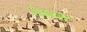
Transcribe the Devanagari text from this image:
चेसवर